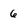
Character: 6